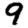
Digit: 9